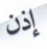
إذن